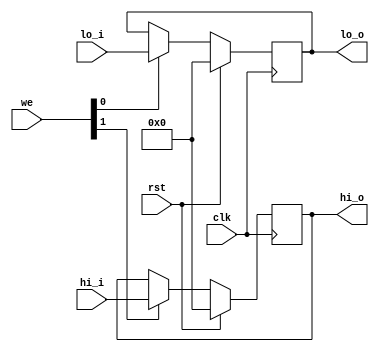
`timescale 1ns / 1ps
module hilo_reg(
	input  	wire 			clk, rst, 
	input  	wire	[1:0]	we,
	input  	wire 	[31:0] 	hi_i,lo_i,
	output 	wire 	[31:0] 	hi_o,lo_o
    );
	wire hi_we, lo_we;
	assign {hi_we, lo_we} = we;

	reg [31:0] hi, lo;
	// hi_driver
	always @(posedge clk) begin
		if(rst) begin
			hi <= 0;
		end else if (hi_we) begin
			hi <= hi_i;
		end
	end
	// lo_driver
	always @(posedge clk) begin
		if(rst) begin
			lo <= 0;
		end else if (lo_we) begin
			lo <= lo_i;
		end
	end
	assign hi_o = hi;
	assign lo_o = lo;
endmodule